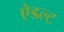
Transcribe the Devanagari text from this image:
ऐडल्ट